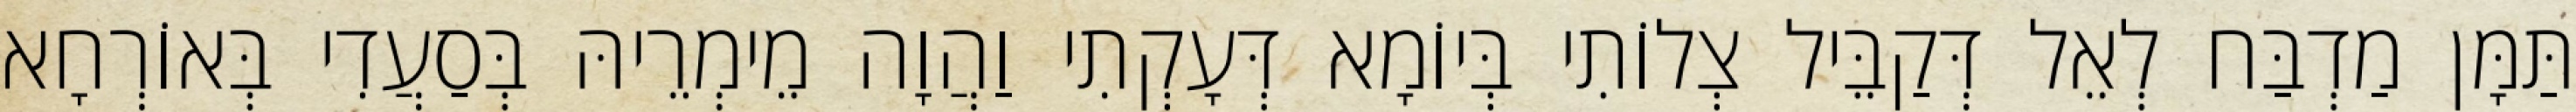
תַּמָּן מַדְבַּח לְאֵל דְּקַבֵּיל צְלוֹתִי בְּיוֹמָא דְּעָקְתִי וַהֲוָה מֵימְרֵיהּ בְּסַעֲדִי בְּאוֹרְחָא